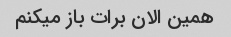
همین الان برات باز میکنم